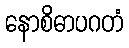
နောစိဓာပဂတံ